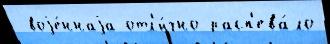
 воjе́ннаjа отл'и́чно расп'ева́ло